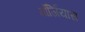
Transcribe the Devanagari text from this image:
गॉर्जियास